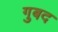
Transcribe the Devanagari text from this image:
गुबद